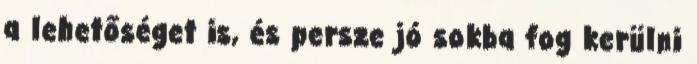
a lehetőséget is, és persze jó sokba fog kerülni